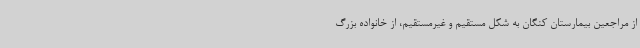
از مراجعین بیمارستان کنگان به شکل مستقیم و غیرمستقیم، از خانواده بزرگ